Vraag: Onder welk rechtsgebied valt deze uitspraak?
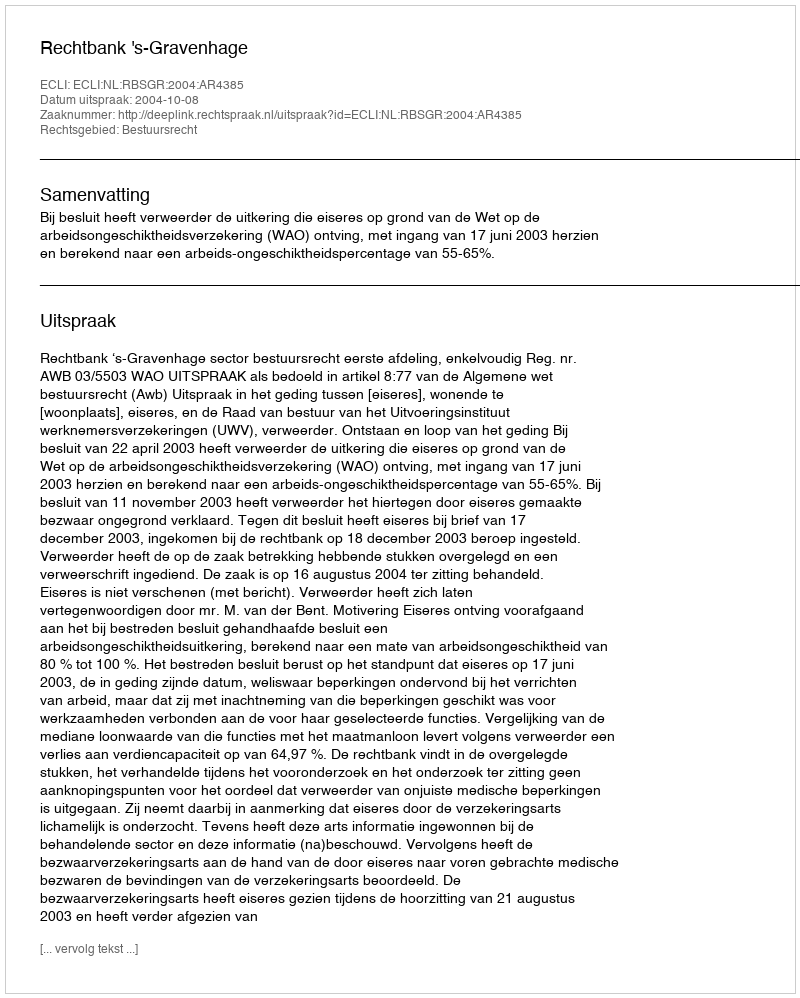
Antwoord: Bestuursrecht